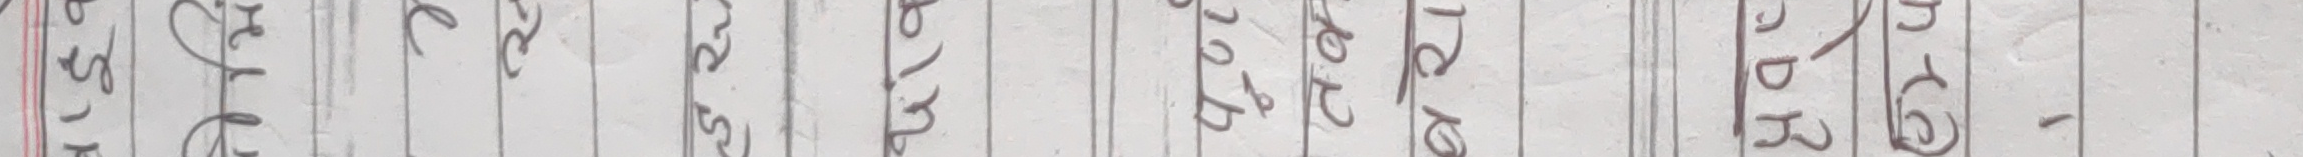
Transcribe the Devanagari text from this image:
कर्तारि प्रयोग -